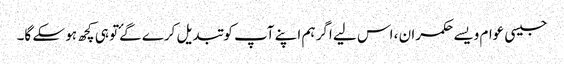
جیسی عوام ویسے حکمران ، اس لیے اگر ہم اپنے آپ کو تبدیل کرے گۓتو ہی کچھ ہو سکے گا۔